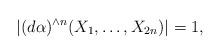
LaTeX: \begin{align*}|(d\alpha)^{\wedge n}(X_1,\ldots,X_{2n})|=1,\end{align*}